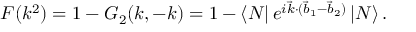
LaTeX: { \cal F } ( k ^ { 2 } ) = 1 - G _ { 2 } ( k , - k ) = 1 - \left\langle N \right| e ^ { i \vec { k } \cdot ( \vec { b } _ { 1 } - \vec { b } _ { 2 } ) } \left| N \right\rangle .